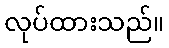
လုပ်ထားသည်။